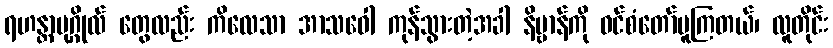
ရဟန္တာပုဂ္ဂိုလ် တွေလည်း ကိလေသာ အာသဝေါ ကုန်သွားတဲ့အခါ နိဗ္ဗာန်ကို ဝင်စံတော်မူကြတယ်၊ လူတိုင်း